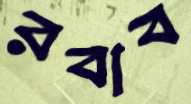
রবাব